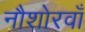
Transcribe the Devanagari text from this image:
नौशोरवाँ